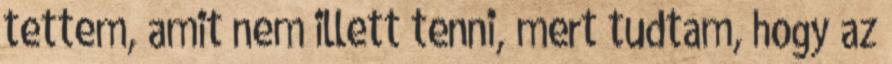
tettem, amit nem illett tenni, mert tudtam, hogy az